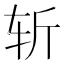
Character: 斩